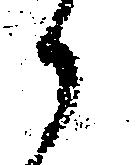
候